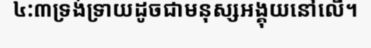
៤:៣ទ្រង់ទ្រាយដូចជាមនុស្សអង្គុយនៅលើ។